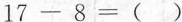
$$1 7 - 8 = ( )$$